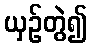
ယှဉ်တွဲ၍